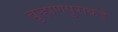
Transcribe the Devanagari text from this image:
बुऱ्हाणपुराकडे